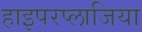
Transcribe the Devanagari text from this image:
हाइपरप्लाजिया